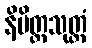
နိမိတ္တသုတ္တံ